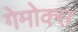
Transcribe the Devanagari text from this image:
गेमोक्स